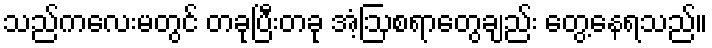
သည်ကလေးမတွင် တခုပြီးတခု အံ့ဩစရာတွေချည်း တွေ့နေရသည်။